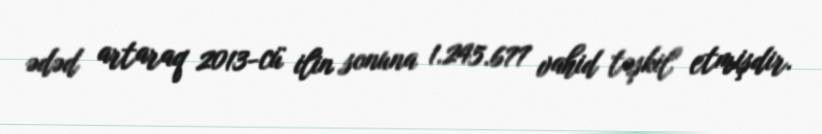
ədəd artaraq 2013-cü ilin sonuna 1.245.677 vahid təşkil etmişdir.